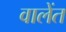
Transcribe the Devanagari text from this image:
वालेंत